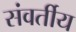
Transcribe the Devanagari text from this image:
संवर्तीय